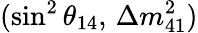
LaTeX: (\sin^{2}{\theta}_{14},\, \Delta m_{41}^{2})